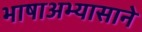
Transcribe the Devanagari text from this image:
भाषाअभ्यासाने